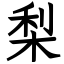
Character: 梨